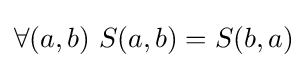
\forall (a,b)\ S(a,b)=S(b,a)